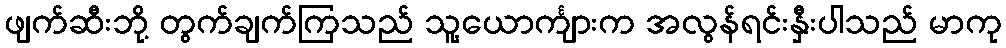
ဖျက်ဆီးဘို့ တွက်ချက်ကြသည် သူ့ယောင်္ကျားက အလွန်ရင်းနှီးပါသည် မာကု